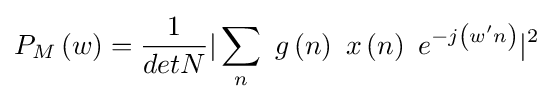
P_{M}\left(w\right)={\frac {1}{detN}}|\sum _{n}\ g\left(n\right)\ x\left(n\right)\ e^{-j\left(w'n\right)}|^{2}